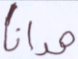
هدانا